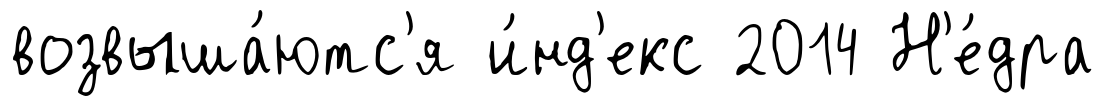
возвыша́ютс'я и́нд'екс 2014 Н'е́дра